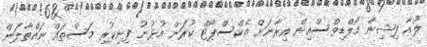
ލުއާ ފިޝިން މޯލްޑިވްސްއިން އިރާނަށް އެކްސްޕޯޓް ކުރަން އުޅުނު ފިނިކުރި މަސްތައް ނައްތާލަން